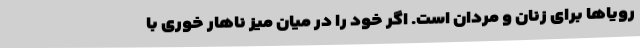
رویاها برای زنان و مردان است. اگر خود را در میان میز ناهار خوری با